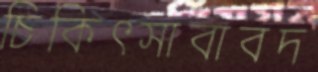
চিকিৎসাবাবদ